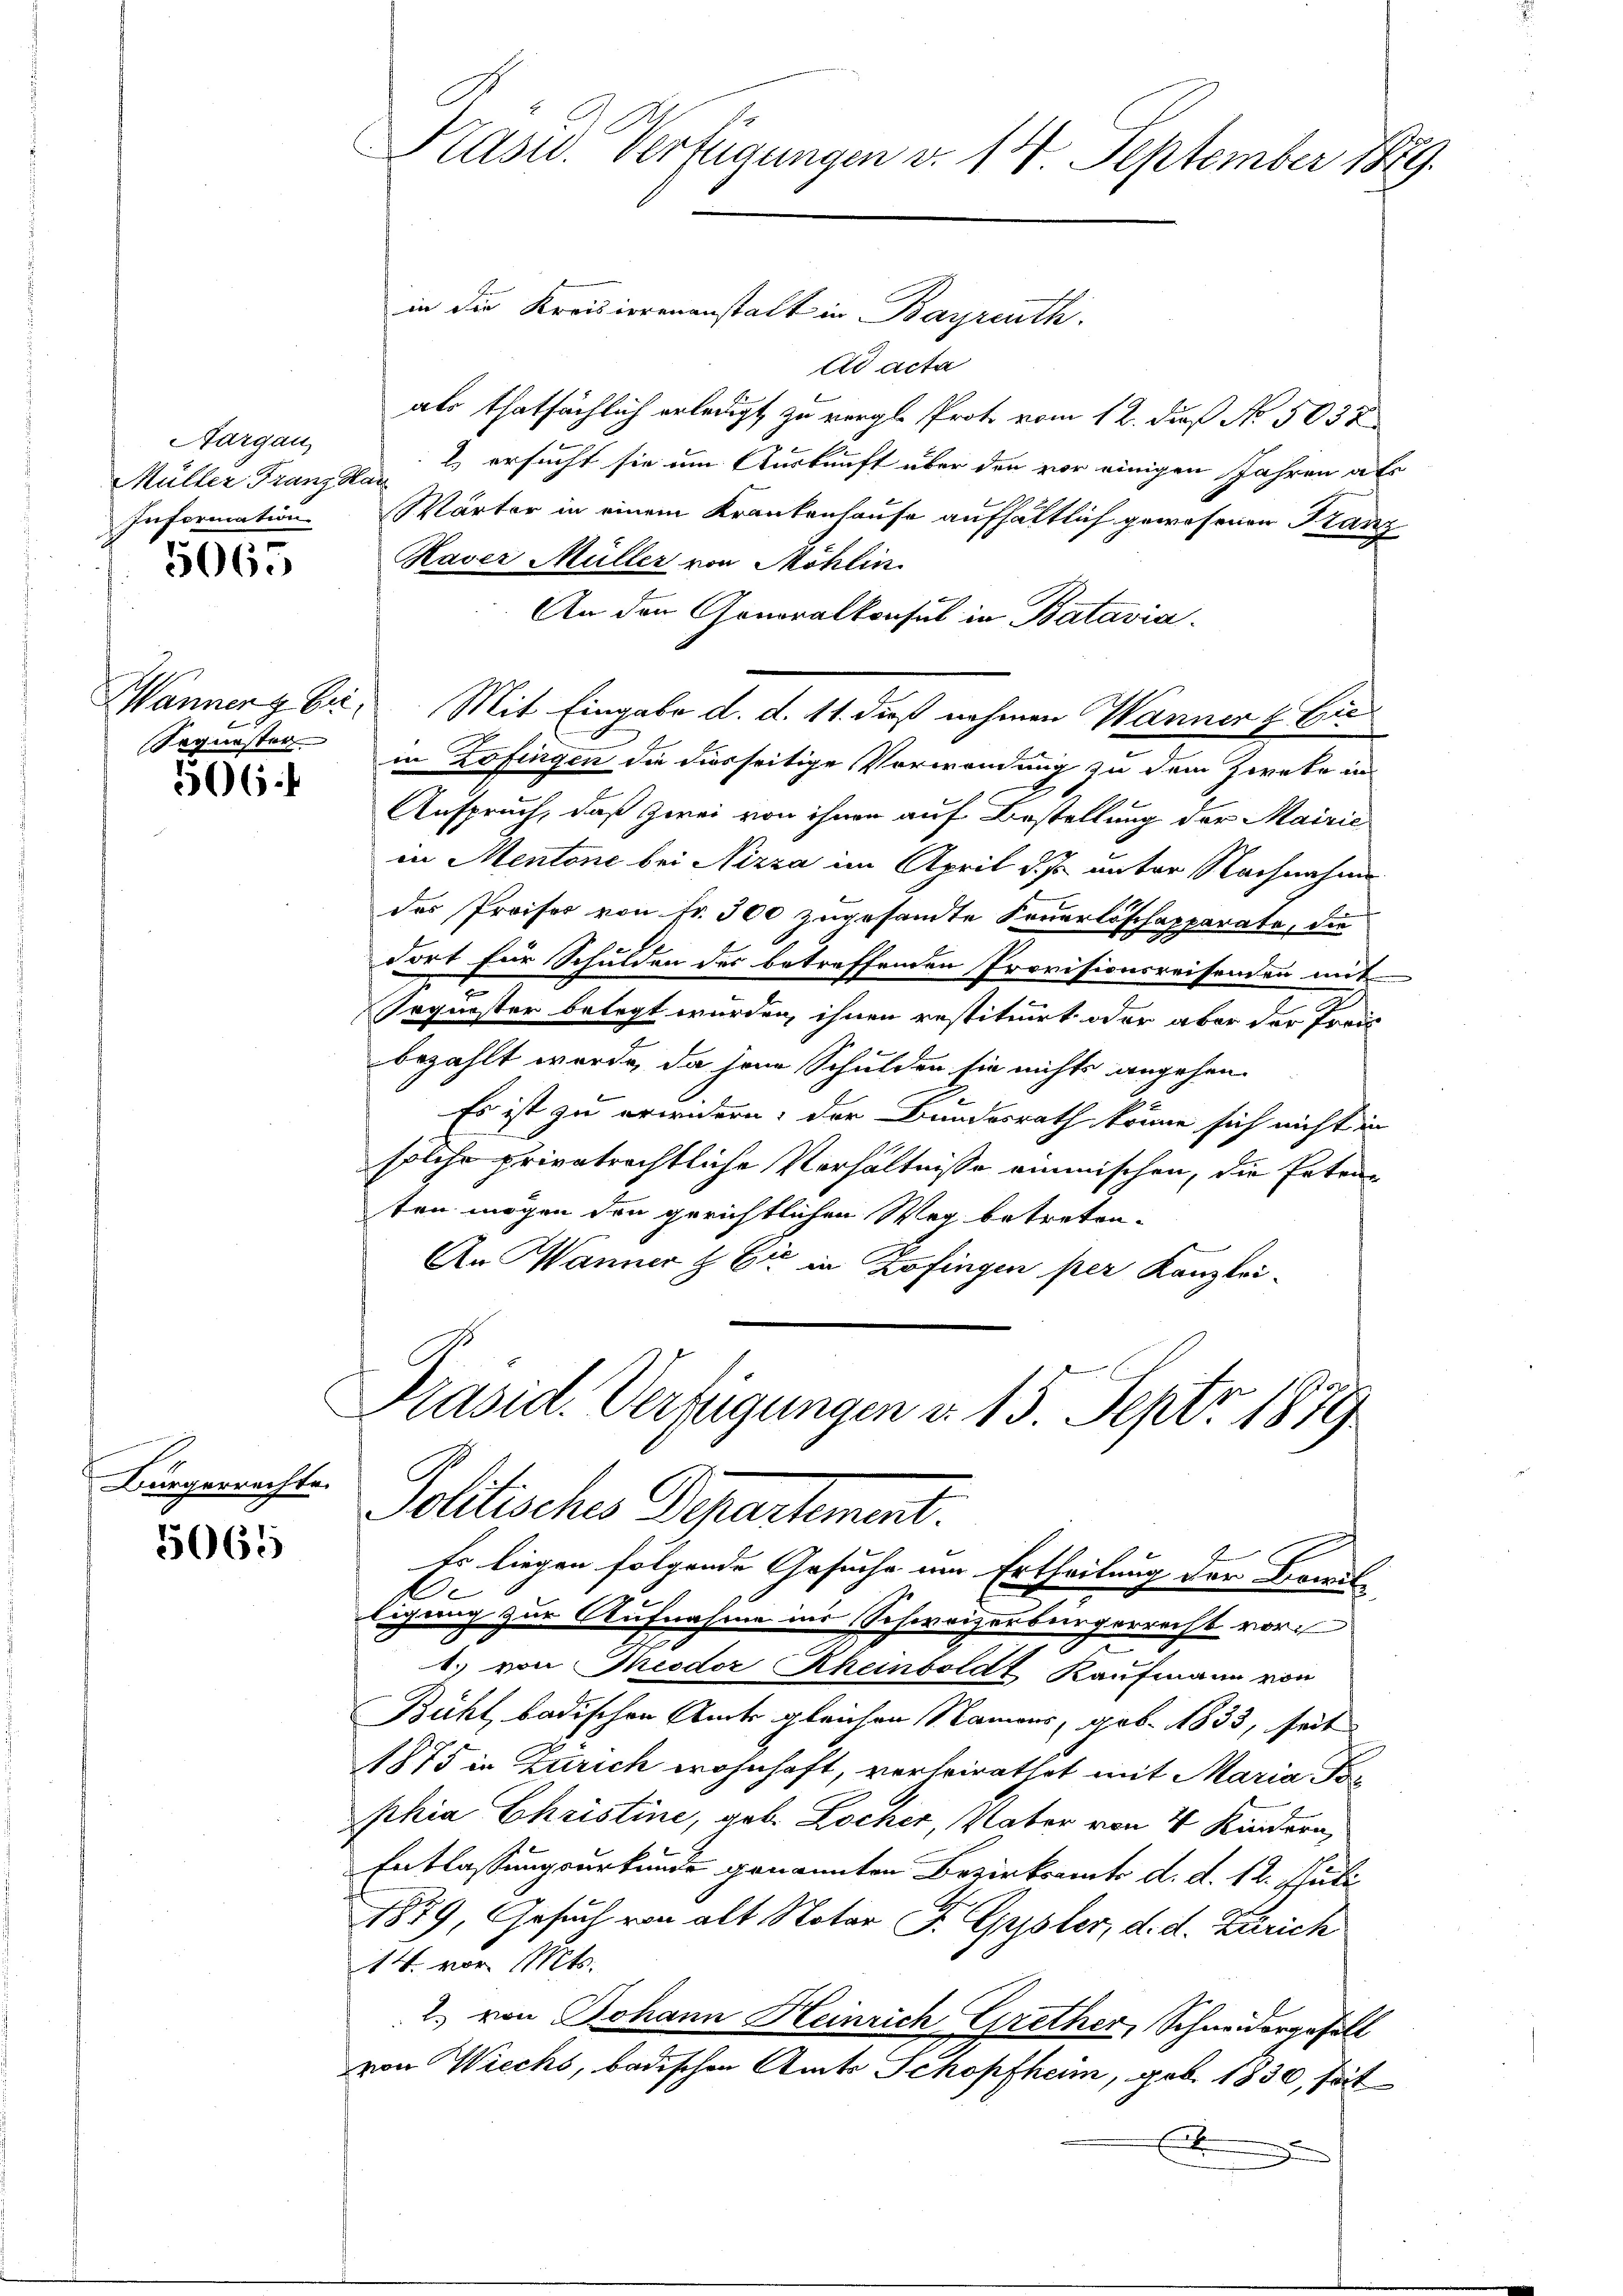
Aargau,
Information

5065

Sequester

566

Bürgerrechte.

5065

Präsid. Verfügungen v. 14. September 1889.

in die Kreisierenanstalt in Bayreuth.
Ad acta
als thatsächlich erledigt, zu vergl. Proto vom 12. daß No. 5032
Müller Franzsa 2 ersucht sie um Auskunft über den vor einigen Jahren als
Wärter in einem Krankenhause aufhältlich gewesenen Franz
Raver Müller von Möhlin
An den Gonoralkonsul in Batavia.
Wanner E. Mit Eingabe d. d. 11. dieß nehmen Wanner & Eic
in Zofingen die diesseitige Verwendung zu dem Zwete in
Anspruch, daß zwei von ihnen auf Bestellung der Mairie
in Mentone bei Nizza im April d. J. unter Nachnahme
des Preises von Fr. 300 zugesandte Feuerlöschapparate, die
dort für Schulden des betreffenden Provisionsreisenden mit
Jrquester belegt wurden, ihnen restituirt oder aber der Preis
bezahlt werde, da jene Schulden sie nichts angehen.
Es ist zu erwidern; der Bundesrath könne sich nicht in
solche privatrechtliche Verhältnisse einmischen, die Ertraten mögen den gerichtlichen Weg betreten.
An Wanner & Cie in Zofingen per Kanzlei-
Präsid. Verfügungen d. 15. Sept. 1879

Politische Separtement.
Es liegen folgende Gesuche um Ertheilung der Braut-

C
Eigung zur Aufnahme ins Schweizerbürgerrecht vor
1. von Theodor Rheinboldt Kaufmann von
Bühl, badischen Amte gleichen Namens, geb. 1833, seit
1875 in Zürich wohnhaft, verheirathet mit Maria Tophia Christine, geb. Locher, Vater von 4 Kindern,
Entlassungsurkunde genannten Bezirksamts d. d. 12. Juli
1859, Gesuch von alt Notar F. Gypsler, d. d. Zürich
14. vor. Mts.
2) von Johann Heinrich Grether, Schneidergehalt
von Wiechs, badischen Amts Schopfheim, geb. 1830, seit
Ei